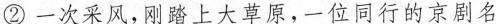
②一次采风，刚踏上大草原，一位同行的京剧名